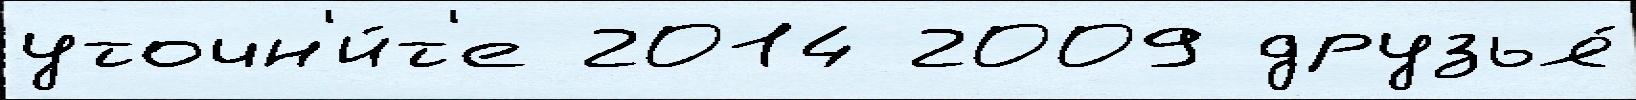
уточн'и́т'е 2014 2009 друзья́